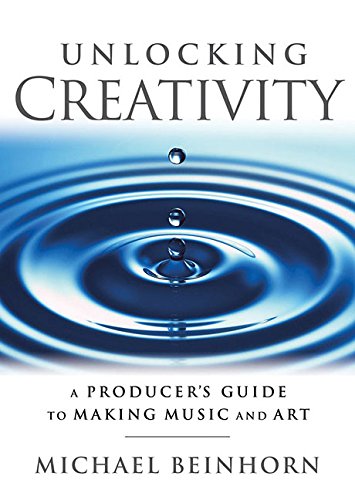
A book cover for Unlocking Creativity: A Producer's Guide to Making Music and Art. (Music Pro Guides); Michael Beinhorn; Arts & Photography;